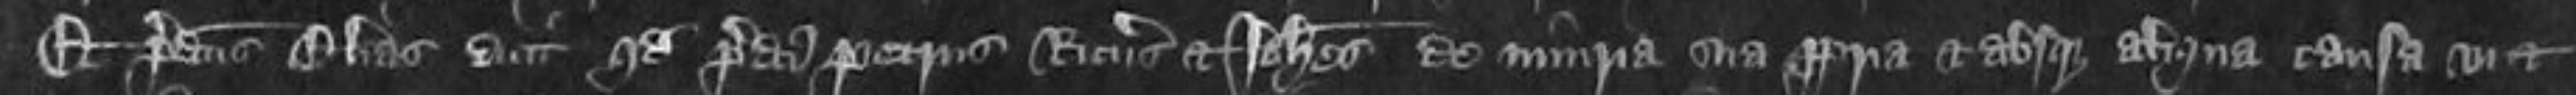
Et predictus Elias dicit quod predicti Petrus Ricardus et Johannes de iniuria sua propria et ab usque aliqua causa vi et